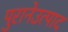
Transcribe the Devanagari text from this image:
पुरानेउत्पाद